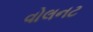
વોલનટ